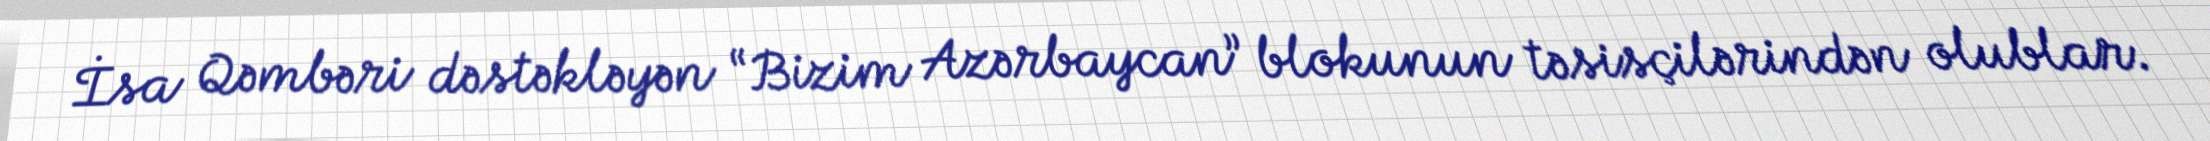
İsa Qəmbəri dəstəkləyən “Bizim Azərbaycan” blokunun təsisçilərindən olublar.